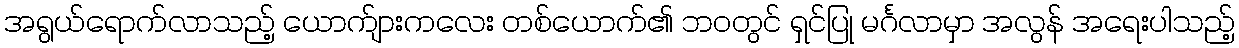
အရွယ်ရောက်လာသည့် ယောက်ျားကလေး တစ်ယောက်၏ ဘဝတွင် ရှင်ပြု မင်္ဂလာမှာ အလွန် အရေးပါသည့်